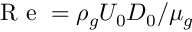
\mathrm { ~ R ~ e ~ } = \rho _ { g } U _ { 0 } D _ { 0 } / \mu _ { g }